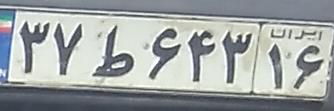
۳۷ط۶۴۳۱۶